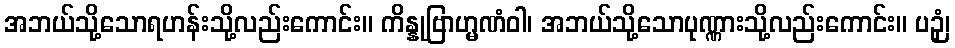
အဘယ်သို့သောရဟန်းသို့လည်းကောင်း။ ကိန္နုဗြာဟ္မဏံဝါ၊ အဘယ်သို့သောပုဏ္ဏားသို့လည်းကောင်း။ ပဉှံ၊